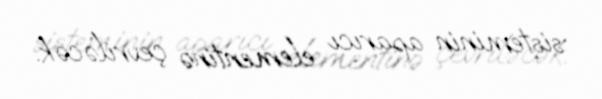
sisteminin aparıcı elementinə çevriləcək.